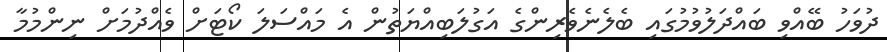
ދުވަހު ބޭއްވި ބައްދަލުވުމުގައި ބެލެނެވެރިންގެ އަގުލަބިއްޔަތުން އެ މައްސަލަ ކޯޓަށް ވެއްދުމަށް ނިންމުމާ